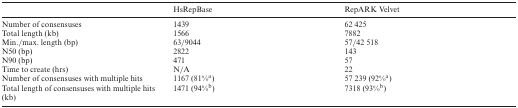
|  | HsRepBase | RepARK Velvet |
 | --- | --- | --- |
 | Number of consensuses | 1439 | 62 425 |
 | Total length (kb) | 1566 | 7882 |
 | Min./max. length (bp) | 63/9044 | 57/42 518 |
 | N50 (bp) | 2822 | 143 |
 | N90 (bp) | 471 | 57 |
 | Time to create (hrs) | N/A | 22 |
 | Number of consensuses with multiple hits | 1167 (81%a) | 57 239 (92%a) |
 | Total length of consensuses with multiple hits (kb) | 1471 (94%b) | 7318 (93%b) |